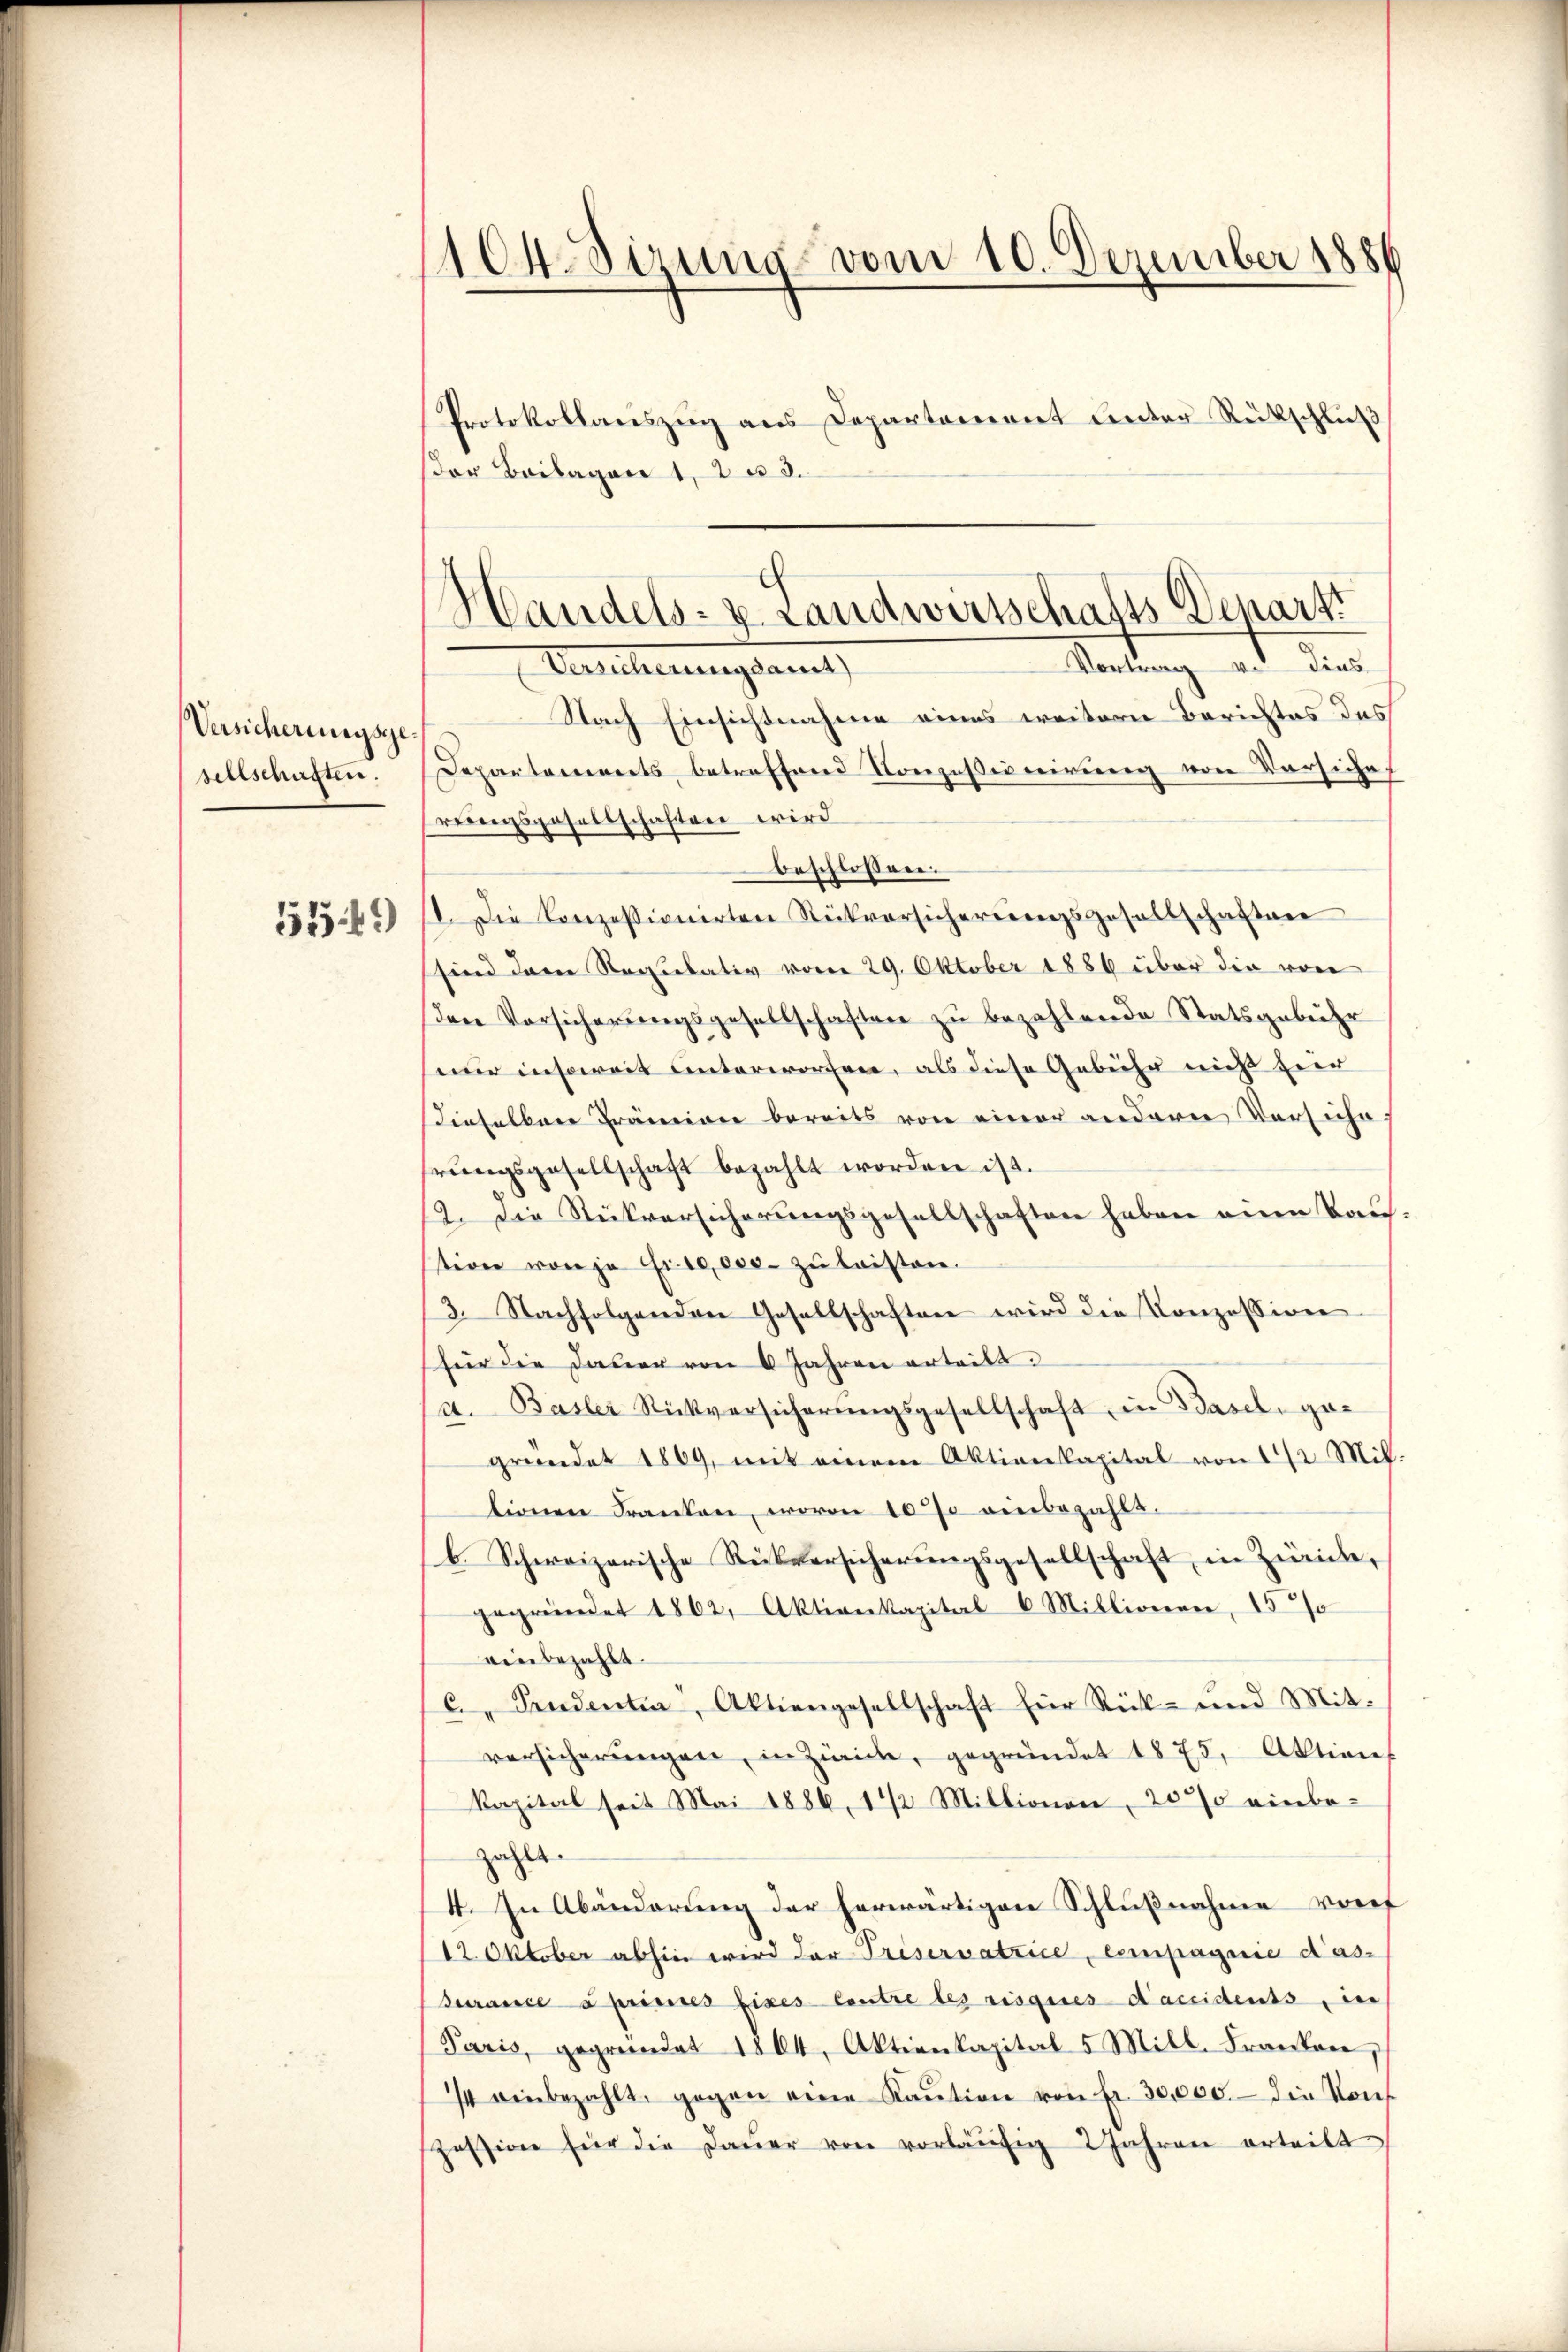
Versicherungsge
settschusten.
5519)

1104 dizung vom 10. Dezember 1886

der Beilagen 1, 2 u 3.

Protokollauszug aus Departement unter Rückschluß

Handels- u. Landwirtschafts-Denartt
Vortrag von dies
Versicherungsamt

Nach Einsichtnahme eines weitern Berichtes des
Departements betreffend Konzessionirung von Versichereiungsgesellschaften wird
beschlossen.
1. Die Konzessionirten Rückversicherŭngsgesellschaften
sind der Regulativ vom 29. Oktober 1886 über die von
den Vorsicherŭngsgesellschaften zŭ bezahlende Statsgebühr
nur insoweit unterworfen, als diese Gebühr nicht hier
dieselben Prämien bereits von einer andern Versichehrŭngsgesellschaft bezahlt worden ist.
2. Die Rückversicherungsgesellschaften haben anen Baution von je Frate, der zu leisten.
3. Nachfolgenden Gesellschaften wird die Konzession
für die Dauer von 6 Jahren erteilt.
(s. Basler Rückversicherŭngsgesellschaft, in Basel, gegründet 1869, mit einem Aktienkapital von 1/2 Mil
tionen Franken, wovon 10 % anbezahlt.
b. Schweizerische Rückversicherungsgesellschaft in Zürich,
gegründet 1862, Aktienkapital-6 Millionen, 15%
einbezahlt.
C. Pendenten, Aktiengesellschaft hier Rück- und Mit-
versicherŭngen, in Zürich, gegründet 1875, Aktion
kapital seit Mai 1886, 1/2 Millionen, 20% einbezählt.
4. In Abänderung der herwärtigen Schlußnahme vort
12. Oktober abhin wird der Priservatzice, compagnie das¬
Turance à primines fixes Centre les risgies d’accidents, in
Paris, gegründet 1804, Aktienkapital 5 Mill. Franken,
74 einbezahlt, gegen eine Kaŭtion von Fr. 30,000.- die Konf
zession für die Daŭer von vorläŭfig 2 Jahren erteilt.